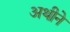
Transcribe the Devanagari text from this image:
अथीने